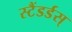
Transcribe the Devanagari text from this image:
स्टैंडर्डस्